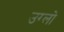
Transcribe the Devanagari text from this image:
उग्लो